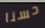
حسنا